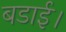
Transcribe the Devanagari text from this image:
बडाई।